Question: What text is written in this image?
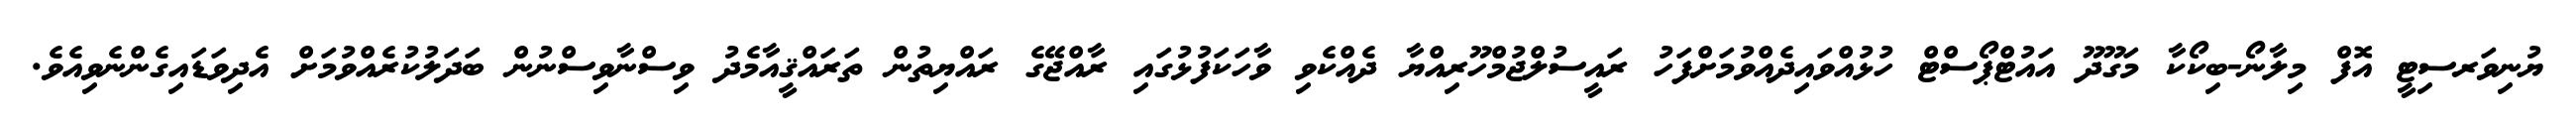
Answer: ޔުނިވަރސިޓީ އޮފް މިލާނޯ-ބިކޯކާ މަގޫދޫ އައުޓްޕޯސްޓް ހުޅުއްވައިދެއްވުމަށްފަހު ރައީސުލްޖުމްހޫރިއްޔާ ދެއްކެވި ވާހަކަފުޅުގައި ރާއްޖޭގެ ރައްޔިތުން ތަރައްޤީއާމެދު ވިސްނާވިސްނުން ބަދަލުކުރެއްވުމަށް އެދިވަޑައިގެންނެވިއެވެ.